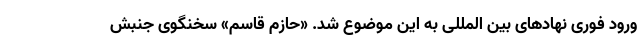
ورود فوری نهادهای بین المللی به این موضوع شد. «حازم قاسم» سخنگوی جنبش